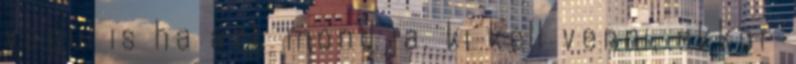
vegul is ha azt mondja, ki kell venni, akkor